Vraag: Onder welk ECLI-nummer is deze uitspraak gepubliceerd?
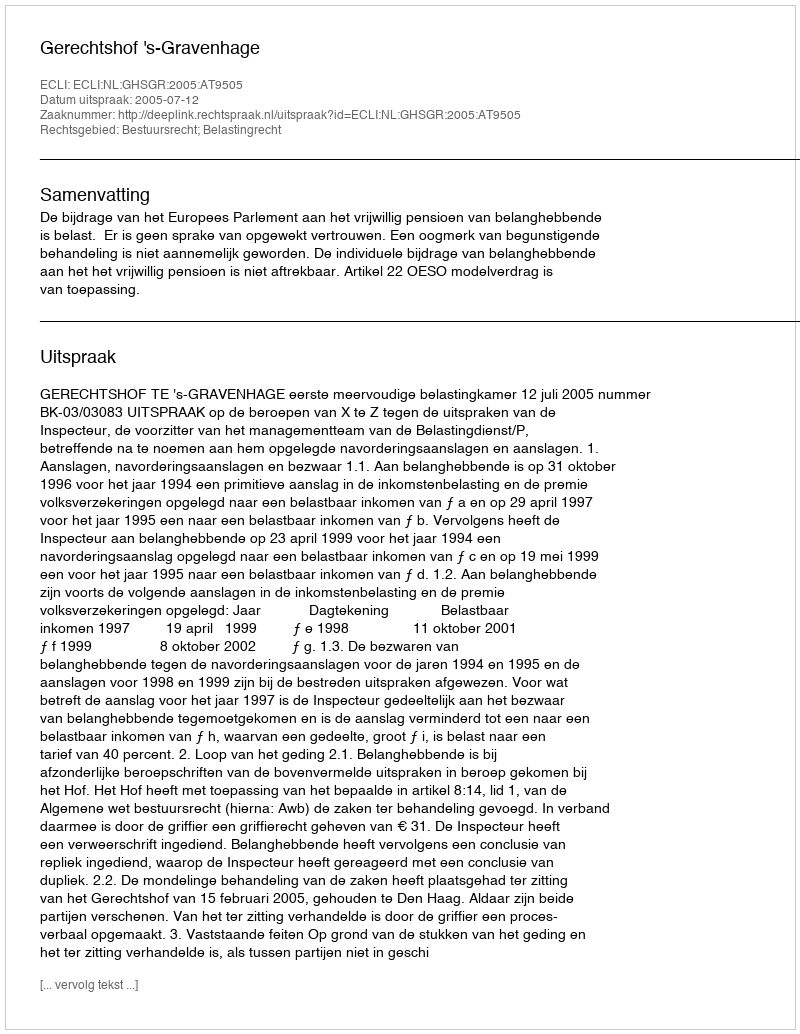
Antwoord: ECLI:NL:GHSGR:2005:AT9505